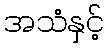
အသံနှင့်